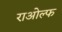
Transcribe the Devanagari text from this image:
राओल्फ